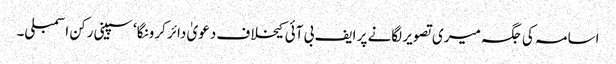
اسامہ کی جگہ میری تصویر لگانے پر ایف بی آئی کیخلاف دعویٰ دائر کرونگا‘ سپینی رکن اسمبلی۔